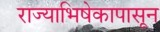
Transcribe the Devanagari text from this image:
राज्याभिषेकापासून